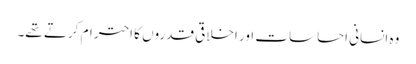
وہ انسانی احساسات اور اخلاقی قدروں کا احترام کرتے تھے۔